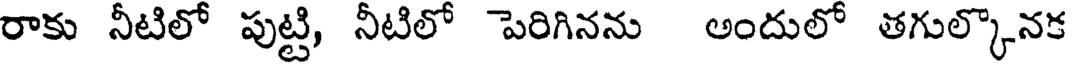
రాకు నీటిలో పుట్టి, నీటిలో పెరిగినను అందులో తగుల్కొనక